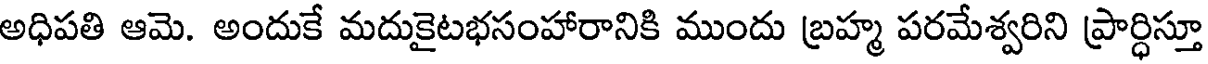
అధిపతి ఆమె. అందుకే మదుకైటభసంహారానికి ముందు బ్రహ్మ పరమేశ్వరిని ప్రార్ధిస్తూ